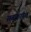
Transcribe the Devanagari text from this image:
सबकास्त